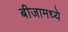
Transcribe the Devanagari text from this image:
बीजामध्ये